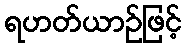
ရဟတ်ယာဉ်ဖြင့်